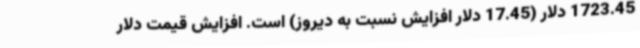
1723.45 دلار (17.45 دلار افزایش نسبت به دیروز) است. افزایش قیمت دلار